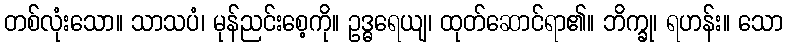
တစ်လုံးသော။ သာသပံ၊ မုန်ညင်းစေ့ကို။ ဥဒ္ဓရေယျ၊ ထုတ်ဆောင်ရာ၏။ ဘိက္ခု၊ ရဟန်း။ သော